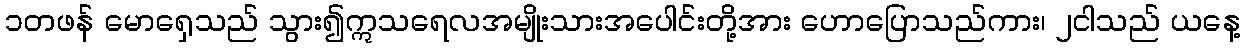
၁တဖန် မောရှေသည် သွား၍ဣသရေလအမျိုးသားအပေါင်းတို့အား ဟောပြောသည်ကား၊ ၂ငါသည် ယနေ့